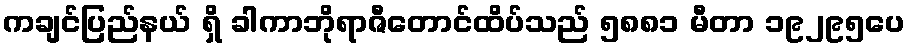
ကချင်ပြည်နယ် ရှိ ခါကာဘိုရာဇီတောင်ထိပ်သည် ၅၈၈၁ မီတာ ၁၉၂၉၅ပေ